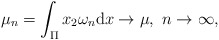
\begin{align*}\mu_{n}=\int_{\Pi}x_{2}\omega _{n}\mathrm{d} x \rightarrow \mu, ~ n\rightarrow\infty,\end{align*}